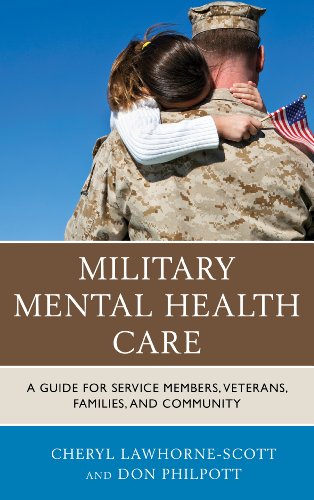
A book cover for Military Mental Health Care: A Guide for Service Members, Veterans, Families, and Community (Military Life); Cheryl Lawhorne-Scott; Parenting & Relationships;